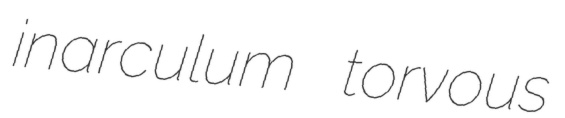
inarculum torvous